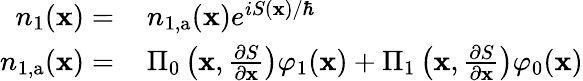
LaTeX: \begin{array}{rl}{n_{1}(\mathbf{x})=\, }&{{}n_{1,\mathrm{a}}(\mathbf{x})e^{iS(\mathbf{x})/\hbar}}\\ {n_{1,\mathrm{a}}(\mathbf{x})=\, }&{{}\Pi_{0}\left(\mathbf{x},\frac{\partial S}{\partial\mathbf{x}}\right)\varphi_{1}(\mathbf{x})+\Pi_{1}\left(\mathbf{x},\frac{\partial S}{\partial\mathbf{x}}\right)\varphi_{0}(\mathbf{x})}\end{array}